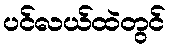
ပင်လယ်ထဲတွင်